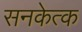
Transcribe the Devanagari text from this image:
सनकेत्क